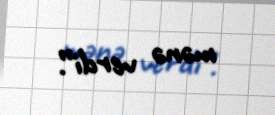
mənə verdi”.